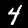
Label: 4